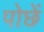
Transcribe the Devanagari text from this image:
पोछें